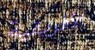
الأفريقية